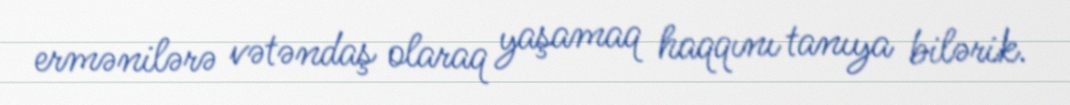
ermənilərə vətəndaş olaraq yaşamaq haqqını tanıya bilərik.